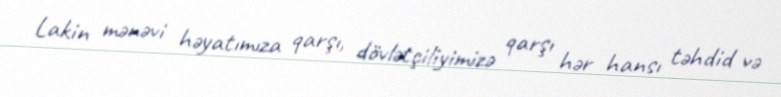
Lakin mənəvi həyatımıza qarşı, dövlətçiliyimizə qarşı hər hansı təhdid və